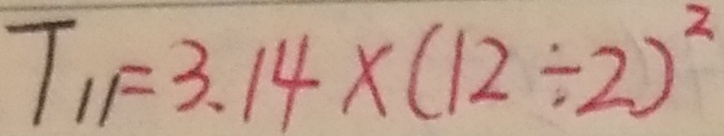
T _ { 1 1 } = 3 . 1 4 \times ( 1 2 \div 2 ) ^ { 2 }